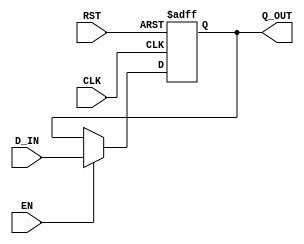

// Copyright (c) 2000-2012 Bluespec, Inc.

// Permission is hereby granted, free of charge, to any person obtaining a copy
// of this software and associated documentation files (the "Software"), to deal
// in the Software without restriction, including without limitation the rights
// to use, copy, modify, merge, publish, distribute, sublicense, and/or sell
// copies of the Software, and to permit persons to whom the Software is
// furnished to do so, subject to the following conditions:

// The above copyright notice and this permission notice shall be included in
// all copies or substantial portions of the Software.

// THE SOFTWARE IS PROVIDED "AS IS", WITHOUT WARRANTY OF ANY KIND, EXPRESS OR
// IMPLIED, INCLUDING BUT NOT LIMITED TO THE WARRANTIES OF MERCHANTABILITY,
// FITNESS FOR A PARTICULAR PURPOSE AND NONINFRINGEMENT. IN NO EVENT SHALL THE
// AUTHORS OR COPYRIGHT HOLDERS BE LIABLE FOR ANY CLAIM, DAMAGES OR OTHER
// LIABILITY, WHETHER IN AN ACTION OF CONTRACT, TORT OR OTHERWISE, ARISING FROM,
// OUT OF OR IN CONNECTION WITH THE SOFTWARE OR THE USE OR OTHER DEALINGS IN
// THE SOFTWARE.
//
// $Revision: 29441 $
// $Date: 2012-08-27 21:58:03 +0000 (Mon, 27 Aug 2012) $

`ifdef BSV_ASSIGNMENT_DELAY
`else
  `define BSV_ASSIGNMENT_DELAY
`endif

`ifdef BSV_POSITIVE_RESET
  `define BSV_RESET_VALUE 1'b1
  `define BSV_RESET_EDGE posedge
`else
  `define BSV_RESET_VALUE 1'b0
  `define BSV_RESET_EDGE negedge
`endif


// Standard register with asynchronous reset
module RegA(CLK, RST, Q_OUT, D_IN, EN);

   parameter width = 1;
   parameter init = { width {1'b0}} ;

   input     CLK;
   input     RST;
   input     EN;
   input [width - 1 : 0] D_IN;
   output [width - 1 : 0] Q_OUT;

   reg [width - 1 : 0]    Q_OUT;

   always@(posedge CLK or `BSV_RESET_EDGE RST) begin
      if (RST == `BSV_RESET_VALUE)
        Q_OUT <= `BSV_ASSIGNMENT_DELAY init;
      else
        begin
           if (EN)
             Q_OUT <= `BSV_ASSIGNMENT_DELAY D_IN;
        end
   end // always@ (posedge CLK or `BSV_RESET_EDGE RST)


`ifdef BSV_NO_INITIAL_BLOCKS
`else // not BSV_NO_INITIAL_BLOCKS
   // synopsys translate_off
   initial begin
      Q_OUT = {((width + 1)/2){2'b10}} ;
   end
   // synopsys translate_on
`endif // BSV_NO_INITIAL_BLOCKS

endmodule